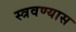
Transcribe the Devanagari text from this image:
स्त्रवण्यास